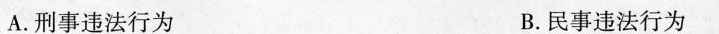
A.刑事违法行为 B.民事违法行为